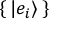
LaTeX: \{ \, | e _ { i } \rangle \, \}